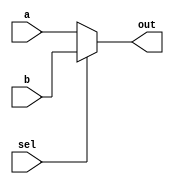
module top_module( 
    input [99:0] a, b,
    input sel,
    output [99:0] out );

    assign out = sel == 1? b : a;
endmodule